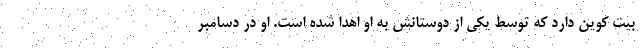
بیت کوین دارد که توسط یکی از دوستانش به او اهدا شده است. او در دسامبر